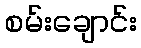
စမ်းချောင်း